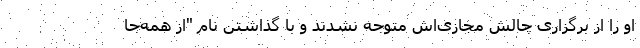
او را از برگزاری چالش مجازی‌اش متوجه نشدند و با گذاشتن نام "از همه‌جا